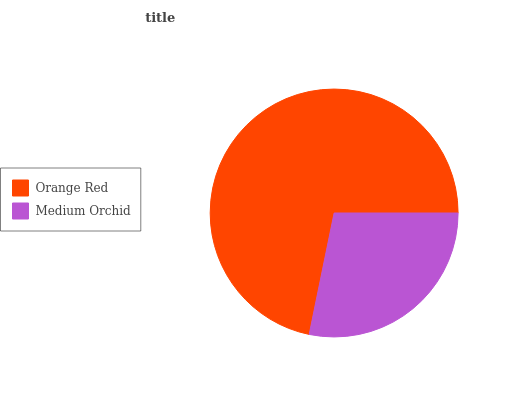
| Orange Red | Medium Orchid |
 | --- | --- |
 | 71.8% | 28.2% |